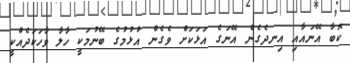
ކޮބާ އޭނައާއި އިނދެގެން އޭނަގެ އަޅަކަށް ވެގެން އުޅުމުގެ ބޭނުމަކީ ހާލާ ވާހަކަދެއްކީ